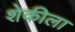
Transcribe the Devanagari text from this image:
शेकीला